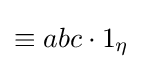
{\textstyle \equiv abc\cdot 1_{\eta }}